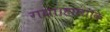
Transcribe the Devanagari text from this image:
गया।हालांकि